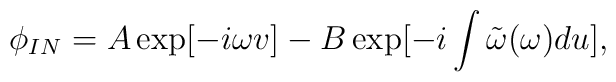
\phi_{IN}=A\exp[-i\omega v]-B\exp[-i\int\tilde\omega (\omega) du],